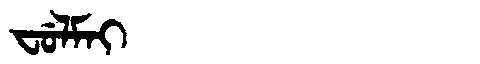
Manchu: ᠸᡠᠯᠮᠠᡳ
Romanization: FULMAI